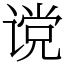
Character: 谠